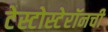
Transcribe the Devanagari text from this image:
टेस्टोस्टेरॉनची